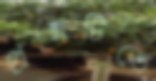
প্রশ্নটিতে